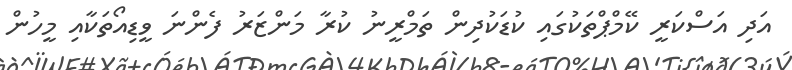
އަދި އަސްކަރީ ކޭމްޕްތަކުގައި ކުޑަކުދިން ތަމްރީނު ކުރާ މަންޒަރު ފެންނަ ވީޑިއޯތަކާއި މީހުން